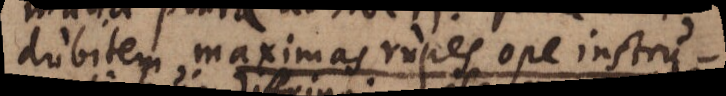
dubitem maximas rupes ope instru-